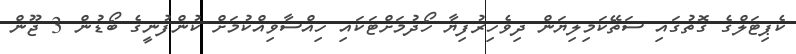
ކެޕިޓަލްގެ ގޮތުގައި ސަތޭކަމިލިޔަން ދިވެހިރުފިޔާ ހޯދުމަށްޓަކަައި ހިއްސާވިއްކުމަށް ކުންފުނީގެ ބޯޑުން 3 ޖޫން